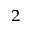
^ 2